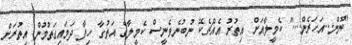
"ނޫން...އަހަރެން...." ކެމީލާއަށް އިތުރު އެއްޗެކޭ ނުބުނެވެނީސް ކެމީލާގެ އަތުގާ ހިފާ ދަމައިގަތުމުން އިތުރަށް